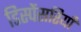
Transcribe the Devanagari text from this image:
डिस्पेंसरियाँ